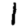
Digit: 1